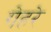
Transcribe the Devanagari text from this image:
गेहरे